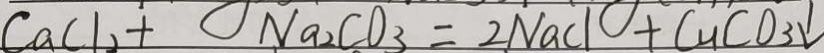
C a C l _ { 2 } + N a _ { 2 } C O _ { 3 } = 2 N a C l O + C u C O _ { 3 } \downarrow